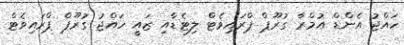
ހައްޖު އެންޑް އުމްރާ ގުރޫޕް ޕްރައިވެޓް ލިިޓެޑާއި ޒައީ ހައްޖު ގުރޫޕް ޕްރައިވެޓް